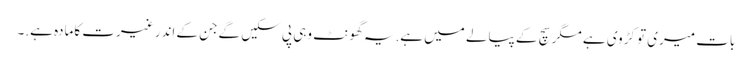
بات میری تو کڑوی ہے مگر سچ کے پیالے میں ہے.یہ گھونٹ وہی پی سکیں گےجن کے اندر غیرت کامادہ ہے.۔